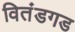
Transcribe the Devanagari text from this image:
वितंडगड